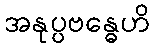
အနုပ္ပဗန္ဓေဟိ